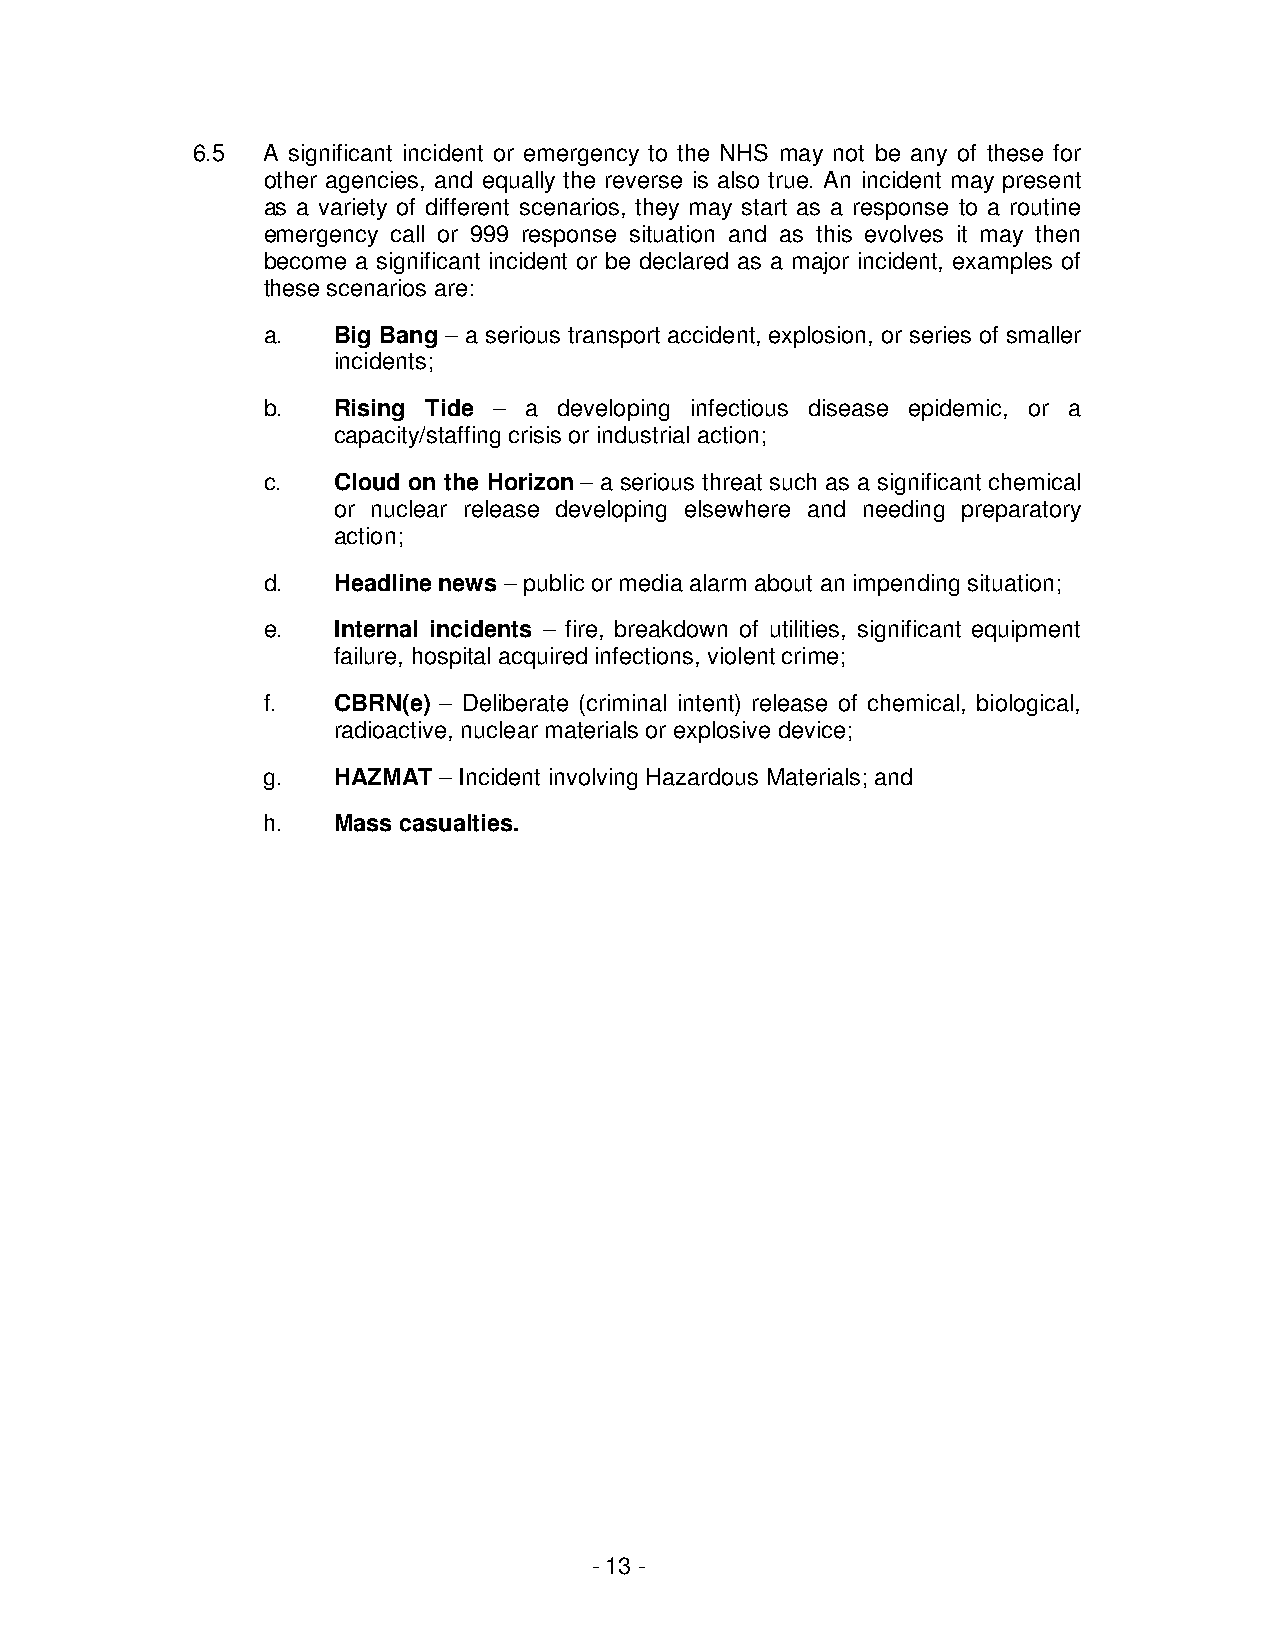
6.5 A significant incident or emergency to the NHS may not be any of these for
 other agencies, and equally the reverse is also true. An incident may present
 as a variety of different scenarios, they may start as a response to a routine
 emergency call or 999 response situation and as this evolves it may then
 become a significant incident or be declared as a major incident, examples of
 these scenarios are:
 a.   Big Bang – a serious transport accident, explosion, or series of smaller
 incidents;
 b.   Rising Tide – a developing infectious disease epidemic, or a
 capacity/staffing crisis or industrial action;
 c.   Cloud on the Horizon – a serious threat such as a significant chemical
 or nuclear release developing elsewhere and needing preparatory
 action;
 d.   Headline news – public or media alarm about an impending situation;
 e.   Internal incidents – fire, breakdown of utilities, significant equipment
 failure, hospital acquired infections, violent crime;
 f.   CBRN(e) – Deliberate (criminal intent) release of chemical, biological,
 radioactive, nuclear materials or explosive device;
 g.   HAZMAT – Incident involving Hazardous Materials; and
 h.   Mass casualties.
 - 13 -